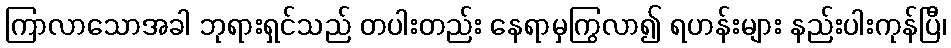
ကြာလာသောအခါ ဘုရားရှင်သည် တပါးတည်း နေရာမှကြွလာ၍ ရဟန်းများ နည်းပါးကုန်ပြီ၊